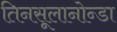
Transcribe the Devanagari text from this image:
तिनसूलानोन्डा